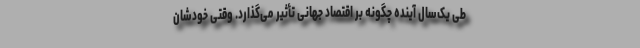
طی یک‌سال آینده چگونه بر اقتصاد جهانی تأثیر می‌گذارد. وقتی خودشان